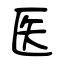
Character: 医